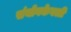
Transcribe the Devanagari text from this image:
संयोगकेवली